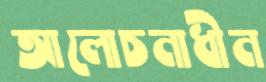
আলোচনাধীন